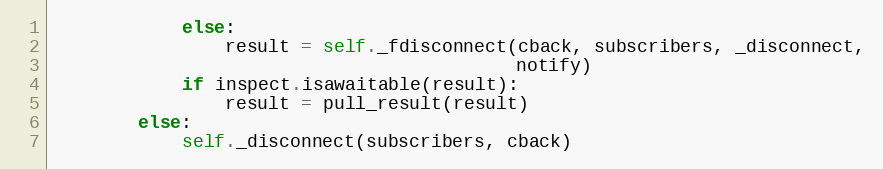
Language: Python
            else:
                result = self._fdisconnect(cback, subscribers, _disconnect,
                                           notify)
            if inspect.isawaitable(result):
                result = pull_result(result)
        else:
            self._disconnect(subscribers, cback)